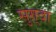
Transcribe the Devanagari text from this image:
सुग़्दा